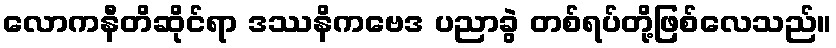
လောကနီတိဆိုင်ရာ ဒဿနိကဗေဒ ပညာခွဲ တစ်ရပ်တို့ဖြစ်လေသည်။